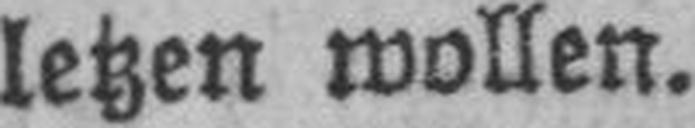
letzen wollen.